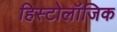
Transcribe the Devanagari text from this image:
हिस्टोलॉजिक